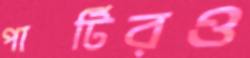
পার্টিরও